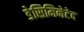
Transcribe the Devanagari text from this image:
डेसिमिनेटेद